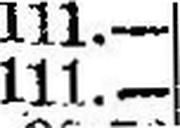
111.—